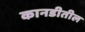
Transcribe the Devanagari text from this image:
कानडीतील